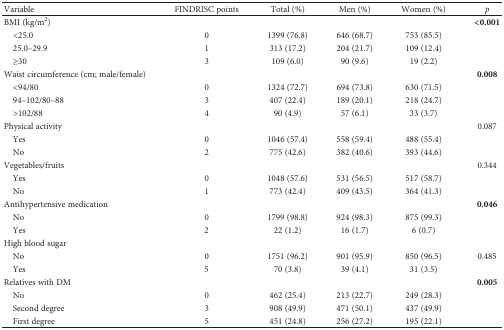
| Variable | FINDRISC points | Total (%) | Men (%) | Women (%) | p |
 | --- | --- | --- | --- | --- | --- |
 | BMI (kg/m2) |  |  |  |  | <0.001 |
 | <25.0 | 0 | 1399 (76.8) | 646 (68.7) | 753 (85.5) | <ROWSPAN=3>  |
 | 25.0–29.9 | 1 | 313 (17.2) | 204 (21.7) | 109 (12.4) |
 | ≥30 | 3 | 109 (6.0) | 90 (9.6) | 19 (2.2) |
 | Waist circumference (cm; male/female) |  |  |  |  | 0.008 |
 | <94/80 | 0 | 1324 (72.7) | 694 (73.8) | 630 (71.5) | <ROWSPAN=3>  |
 | 94–102/80–88 | 3 | 407 (22.4) | 189 (20.1) | 218 (24.7) |
 | >102/88 | 4 | 90 (4.9) | 57 (6.1) | 33 (3.7) |
 | Physical activity |  |  |  |  | 0.087 |
 | Yes | 0 | 1046 (57.4) | 558 (59.4) | 488 (55.4) | <ROWSPAN=2>  |
 | No | 2 | 775 (42.6) | 382 (40.6) | 393 (44.6) |
 | Vegetables/fruits |  |  |  |  | 0.344 |
 | Yes | 0 | 1048 (57.6) | 531 (56.5) | 517 (58.7) | <ROWSPAN=2>  |
 | No | 1 | 773 (42.4) | 409 (43.5) | 364 (41.3) |
 | Antihypertensive medication |  |  |  |  | 0.046 |
 | No | 0 | 1799 (98.8) | 924 (98.3) | 875 (99.3) | <ROWSPAN=2>  |
 | Yes | 2 | 22 (1.2) | 16 (1.7) | 6 (0.7) |
 | High blood sugar |  |  |  |  | <ROWSPAN=3> 0.485 |
 | No | 0 | 1751 (96.2) | 901 (95.9) | 850 (96.5) |
 | Yes | 5 | 70 (3.8) | 39 (4.1) | 31 (3.5) |
 | Relatives with DM |  |  |  |  | 0.005 |
 | No | 0 | 462 (25.4) | 213 (22.7) | 249 (28.3) | <ROWSPAN=3>  |
 | Second degree | 3 | 908 (49.9) | 471 (50.1) | 437 (49.9) |
 | First degree | 5 | 451 (24.8) | 256 (27.2) | 195 (22.1) |